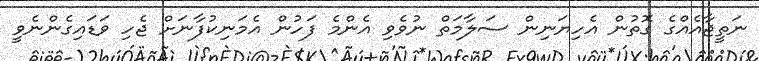
ނަތީޖާއެއްގެ ގޮތުން އެހިޔަނިން ސަލާމަތް ނުވެވި އެންމެ ފަހުން އެމަނިކުފާނަށް ޖެހި ވަޑައިގެންނެވީ